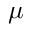
\mu